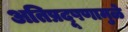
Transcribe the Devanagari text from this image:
अतिप्रदूषणामुळे